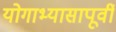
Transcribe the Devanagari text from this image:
योगाभ्यासापूर्वी